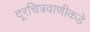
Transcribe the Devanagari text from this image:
दूरचित्रवाणीकडे